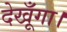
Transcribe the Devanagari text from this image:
देखूँगा।